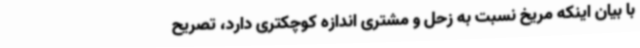
با بیان اینکه مریخ نسبت به زحل و مشتری اندازه کوچکتری دارد، تصریح